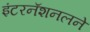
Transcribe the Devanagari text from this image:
इंटरनॅशनलने